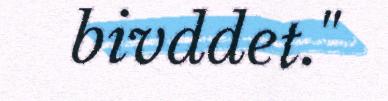
bivddet."